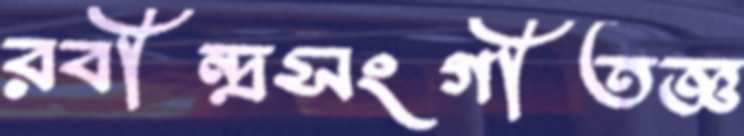
রবীন্দ্রসংগীতজ্ঞ